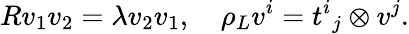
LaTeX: Rv_{1}v_{2}=\lambda v_{2}v_{1},\quad\rho_{L}v^{i}={t^{i}}_{j}\otimes v^{j}.